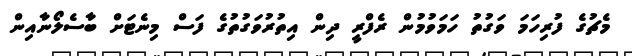
މެޗުގެ ފުރިހަމަ ވަގުތު ހަމަވުމުން ރެފްރީ ދިން އިތުރުވަގުތުގެ ފަސް މިނެޓަށް ބާސެލޯނާއިން